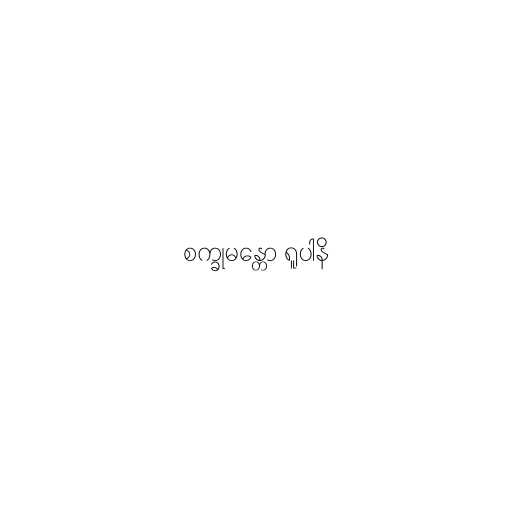
စက္ခုမန္တော ရူပါနိ